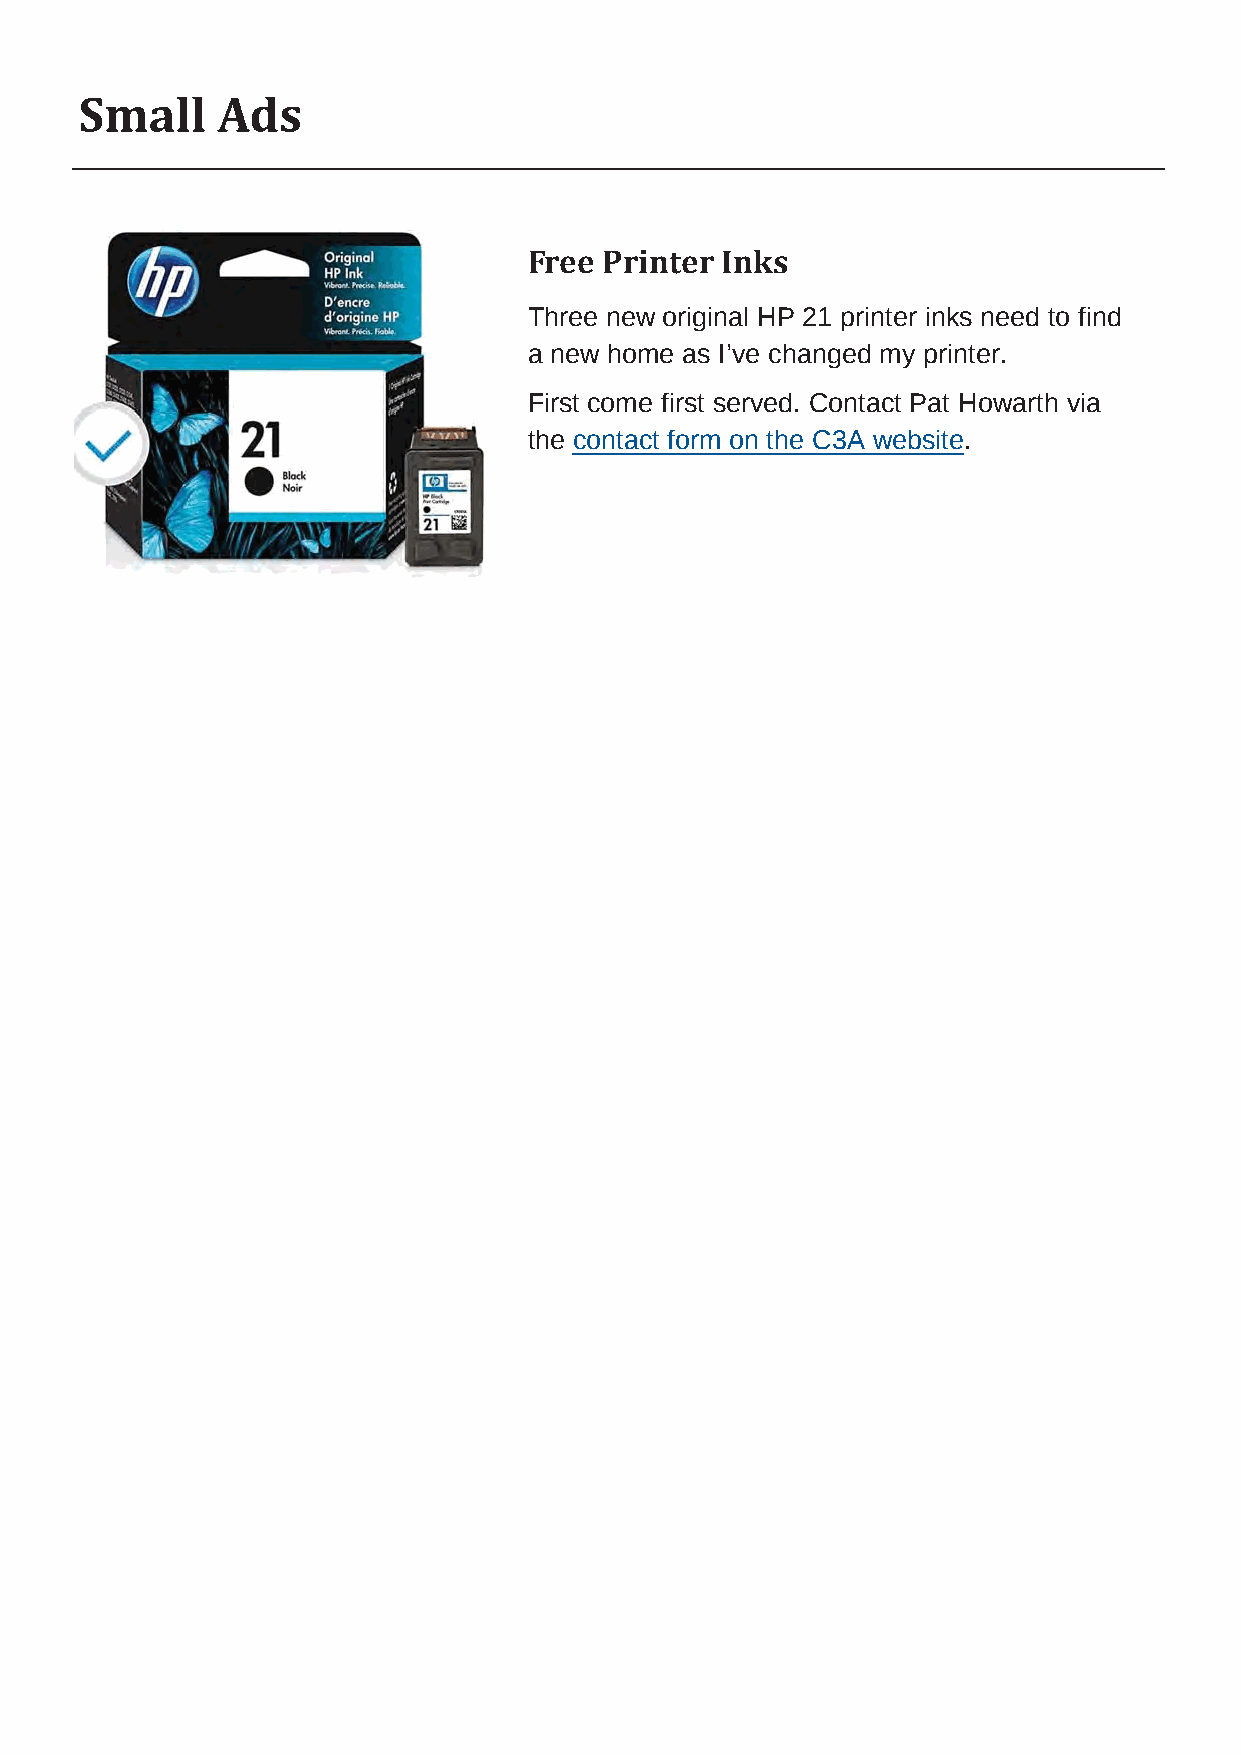
Small    Ads
 Free Printer Inks
 Three new original HP 21 printer inks need to find
 a new home as I’ve changed my printer.
 First come first served. Contact Pat Howarth via
 the contact form on the C3A website.